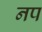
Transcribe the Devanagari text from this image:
नप